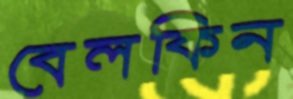
বেলকিন